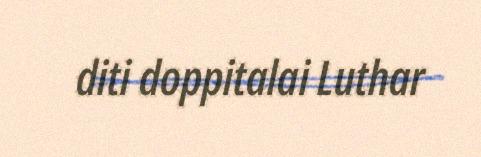
diti doppitalai Luthar